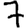
Digit: 7